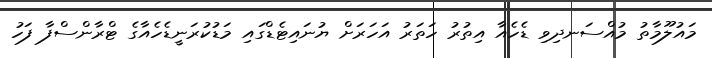
މައުލޫމާތު މުއްސަނދިވި ޑެހެއާ އިތުރު ހަތަރު އަހަރަށް ޔުނައިޓެޑްގައި މަޑުކުރަނީޑެހެއާގެ ޓްރާންސްފާ ފަހު